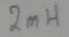
Text: 2mH